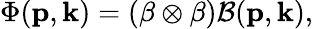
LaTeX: \Phi(\mathbf{p},\mathbf{k})=\left(\mathbf{\beta}\otimes\beta\right)\mathcal{B}(\mathbf{p},\mathbf{k}),